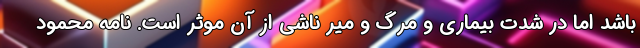
باشد اما در شدت بیماری و مرگ و میر ناشی از آن موثر است. نامه محمود